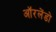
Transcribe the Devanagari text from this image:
ऑरलेंडो